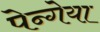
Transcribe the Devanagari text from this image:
पेन्गेया